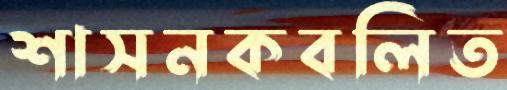
শাসনকবলিত